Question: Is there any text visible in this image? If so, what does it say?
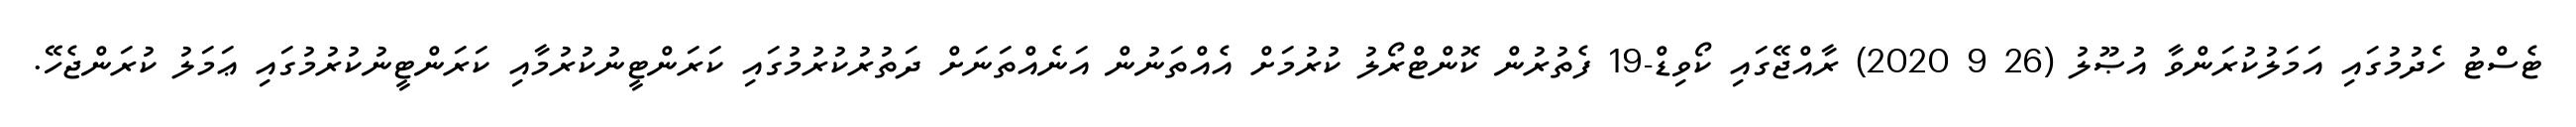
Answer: ޓެސްޓު ހެދުމުގައި އަމަލުކުރަންވާ އުޞޫލު (26 9 2020) ރާއްޖޭގައި ކޯވިޑް-19 ފެތުރުން ކޮންޓްރޯލު ކުރުމަށް އެއްތަނުން އަނެއްތަނަށް ދަތުރުކުރުމުގައި ކަރަންޓީނުކުރުމާއި ކަރަންޓީނުކުރުމުގައި ޢަމަލު ކުރަންޖެހޭ.